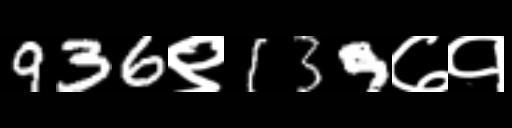
Text: 936९139७१